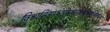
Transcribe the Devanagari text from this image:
विश्वामित्राध्वरारिप्रबलखलकुलध्वान्तबालार्करूप